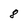
Character: 8